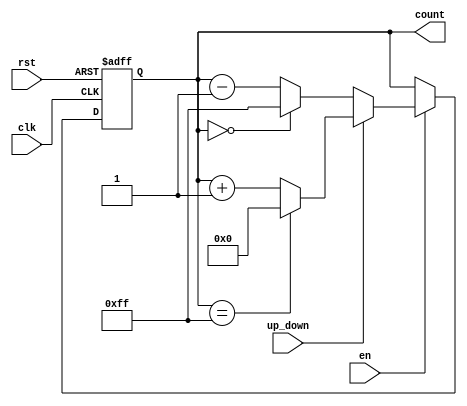
module up_down_counter #(
    parameter N = 8 // Parameter for the width of the count (default is 8 bits)
) (
    input wire clk,              // Clock input
    input wire rst,              // Asynchronous reset input
    input wire up_down,          // Up/Down control signal (1 for up, 0 for down)
    input wire en,               // Enable signal for counting
    output reg [N-1:0] count     // N-bit count output
);

    // Maximum value for the counter
    localparam MAX_COUNT = (1 << N) - 1; // 2^N - 1

    // Always block triggered on the clock's rising edge
    always @(posedge clk or posedge rst) begin
        if (rst) begin
            count <= 0; // Reset the counter to 0
        end else if (en) begin
            if (up_down) begin
                // Counting up
                if (count == MAX_COUNT)
                    count <= 0; // Wrap around if max count is reached
                else
                    count <= count + 1;
            end else begin
                // Counting down
                if (count == 0)
                    count <= MAX_COUNT; // Wrap around if count reaches 0
                else
                    count <= count - 1;
            end
        end
    end

endmodule